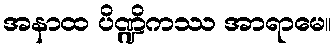
အနာထ ပိဏ္ဍိကဿ အာရာမေ။